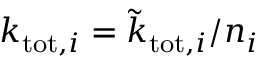
k _ { \mathrm { t o t } , i } = \tilde { k } _ { \mathrm { t o t } , i } / n _ { i }